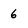
Character: 6